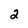
Character: 2